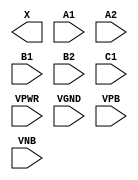
module sky130_fd_sc_hd__a221o (
    X   ,
    A1  ,
    A2  ,
    B1  ,
    B2  ,
    C1  ,
    VPWR,
    VGND,
    VPB ,
    VNB
);

    output X   ;
    input  A1  ;
    input  A2  ;
    input  B1  ;
    input  B2  ;
    input  C1  ;
    input  VPWR;
    input  VGND;
    input  VPB ;
    input  VNB ;
endmodule